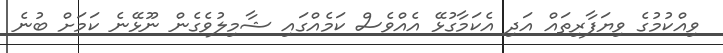
ވިއްކުމުގެ ވިޔަފާރިތައް އަދި އެކަމާގުޅޭ އެއްވެސް ކަމެއްގައި ޝާމިލުވެގެން ނޫޅޭނެ ކަމަށް ބުނެ